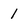
Character: 1